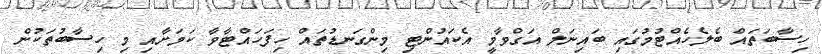
ހިސާބަތައް ބެލެހެއްޓުމުގައި ބައިނަލް އަގްވާމީ އެކައުންޓި މިންގަނޑުތައް ހިފަހައްޓާވާ ކަމަށާއި މި ހިސާބުތަކުން